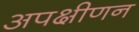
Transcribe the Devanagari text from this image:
अपक्षीणन